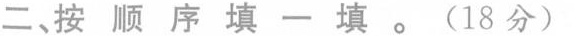
二、按顺序填一填。(18分)